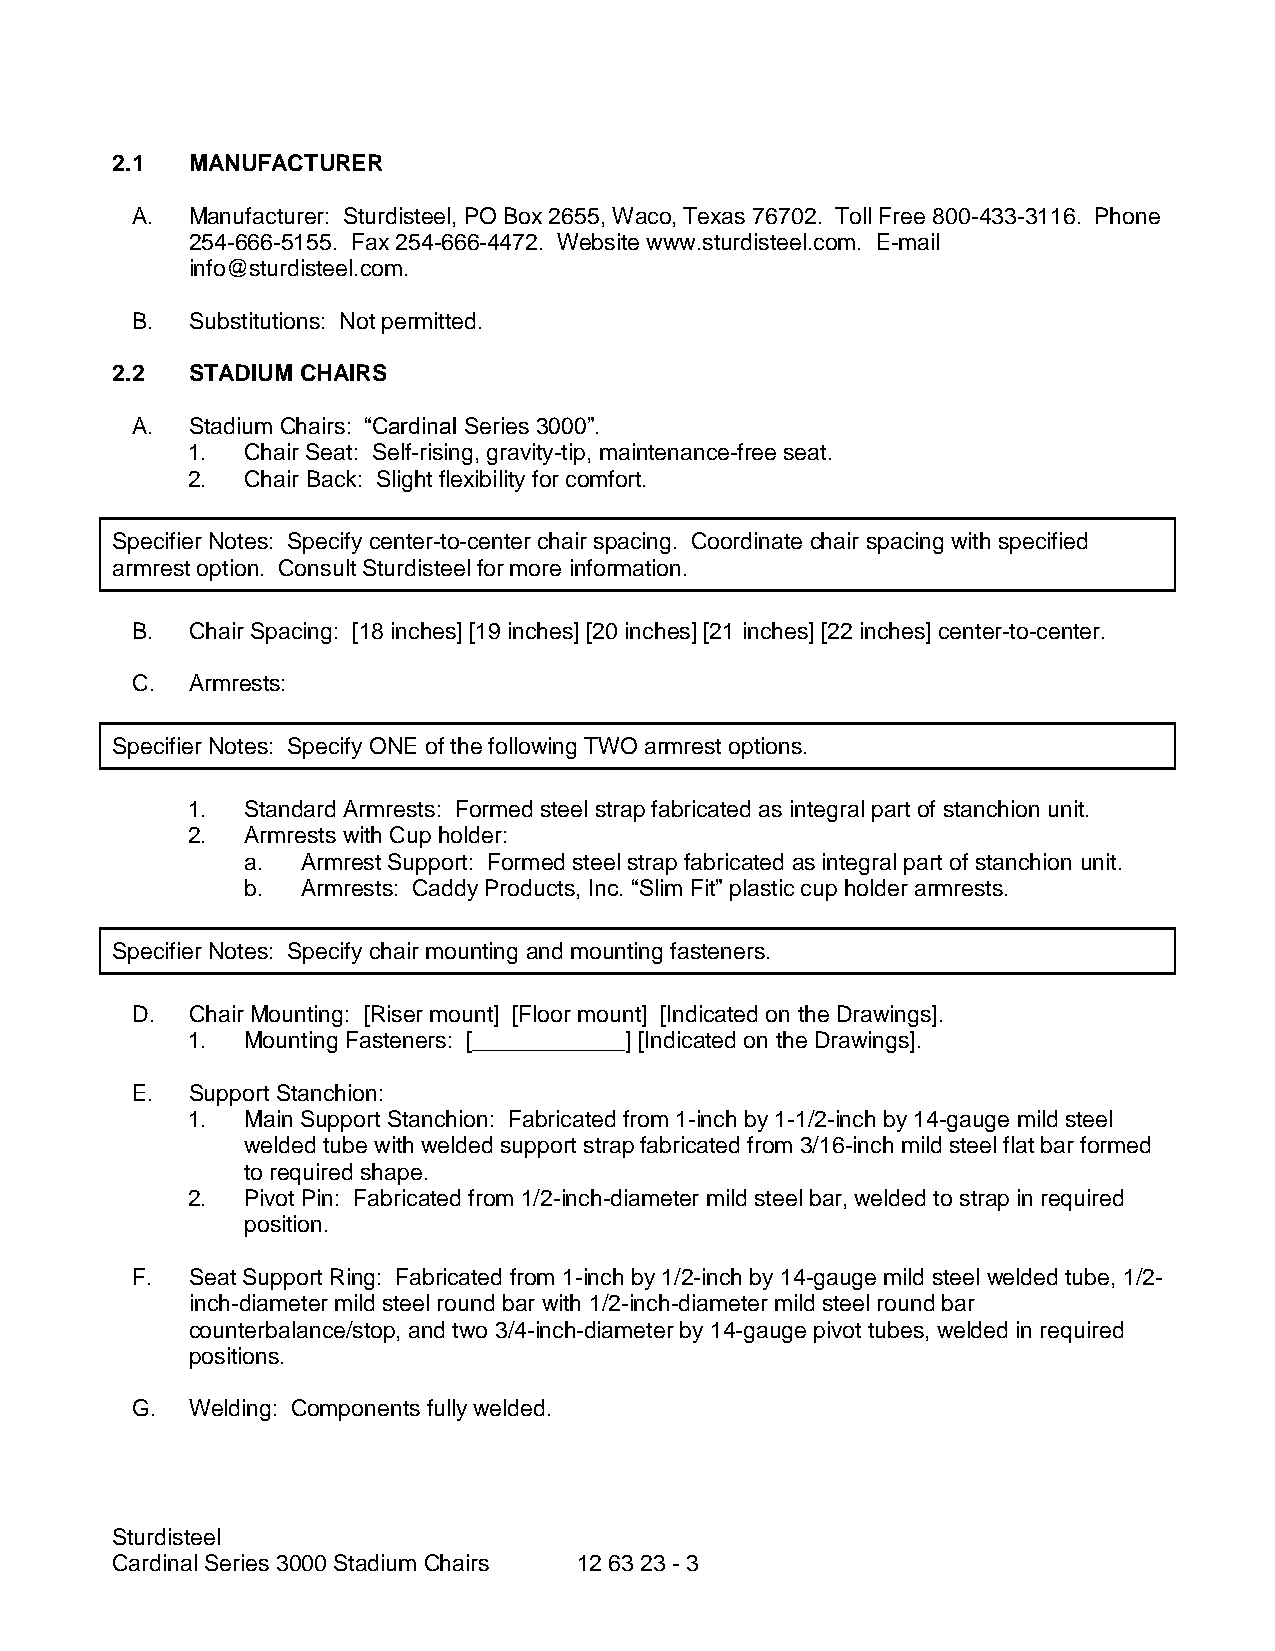
2.1  MANUFACTURER
 A. Manufacturer: Sturdisteel, PO Box 2655, Waco, Texas 76702. Toll Free 800-433-3116. Phone
 254-666-5155. Fax 254-666-4472. Website www.sturdisteel.com. E-mail
 info@sturdisteel.com.
 B. Substitutions: Not permitted.
 2.2  STADIUM CHAIRS
 A. Stadium Chairs: “Cardinal Series 3000”.
 1.  Chair Seat: Self-rising, gravity-tip, maintenance-free seat.
 2.  Chair Back: Slight flexibility for comfort.
 Specifier Notes: Specify center-to-center chair spacing. Coordinate chair spacing with specified
 armrest option. Consult Sturdisteel for more information.
 B. Chair Spacing: [18 inches] [19 inches] [20 inches] [21 inches] [22 inches] center-to-center.
 C. Armrests:
 Specifier Notes: Specify ONE of the following TWO armrest options.
 1.  Standard Armrests: Formed steel strap fabricated as integral part of stanchion unit.
 2.  Armrests with Cup holder:
 a.  Armrest Support: Formed steel strap fabricated as integral part of stanchion unit.
 b.  Armrests: Caddy Products, Inc. “Slim Fit” plastic cup holder armrests.
 Specifier Notes: Specify chair mounting and mounting fasteners.
 D. Chair Mounting: [Riser mount] [Floor mount] [Indicated on the Drawings].
 1.  Mounting Fasteners: [____________] [Indicated on the Drawings].
 E. Support Stanchion:
 1.  Main Support Stanchion: Fabricated from 1-inch by 1-1/2-inch by 14-gauge mild steel
 welded tube with welded support strap fabricated from 3/16-inch mild steel flat bar formed
 to required shape.
 2.  Pivot Pin: Fabricated from 1/2-inch-diameter mild steel bar, welded to strap in required
 position.
 F. Seat Support Ring: Fabricated from 1-inch by 1/2-inch by 14-gauge mild steel welded tube, 1/2-
 inch-diameter mild steel round bar with 1/2-inch-diameter mild steel round bar
 counterbalance/stop, and two 3/4-inch-diameter by 14-gauge pivot tubes, welded in required
 positions.
 G. Welding: Components fully welded.
 Sturdisteel
 Cardinal Series 3000 Stadium Chairs 12 63 23 - 3